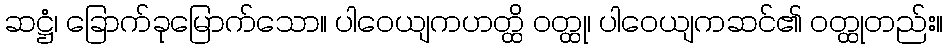
ဆဋ္ဌံ၊ ခြောက်ခုမြောက်သော။ ပါဝေယျကဟတ္ထိ ဝတ္ထု၊ ပါဝေယျကဆင်၏ ဝတ္ထုတည်း။